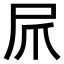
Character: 𫵕